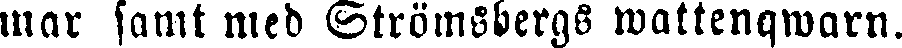
mar samt med Strömsbergs wattenqwarn.